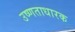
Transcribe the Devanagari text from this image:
उष्णताधारक